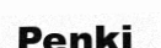
Penki